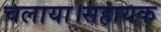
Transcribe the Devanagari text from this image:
चलाया।सहायक